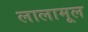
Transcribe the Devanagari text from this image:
लालामूल